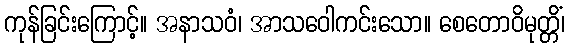
ကုန်ခြင်းကြောင့်။ အနာသဝံ၊ အာသဝေါကင်းသော။ စေတောဝိမုတ္တိံ၊